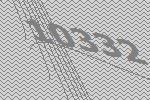
10332